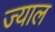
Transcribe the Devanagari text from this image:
ज्याल